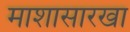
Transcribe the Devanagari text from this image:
माशासारखा